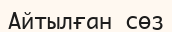
Айтылған сөз